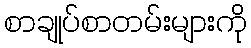
စာချုပ်စာတမ်းများကို